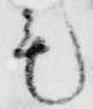
毛